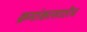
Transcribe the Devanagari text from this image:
क्रमांकासाठीच